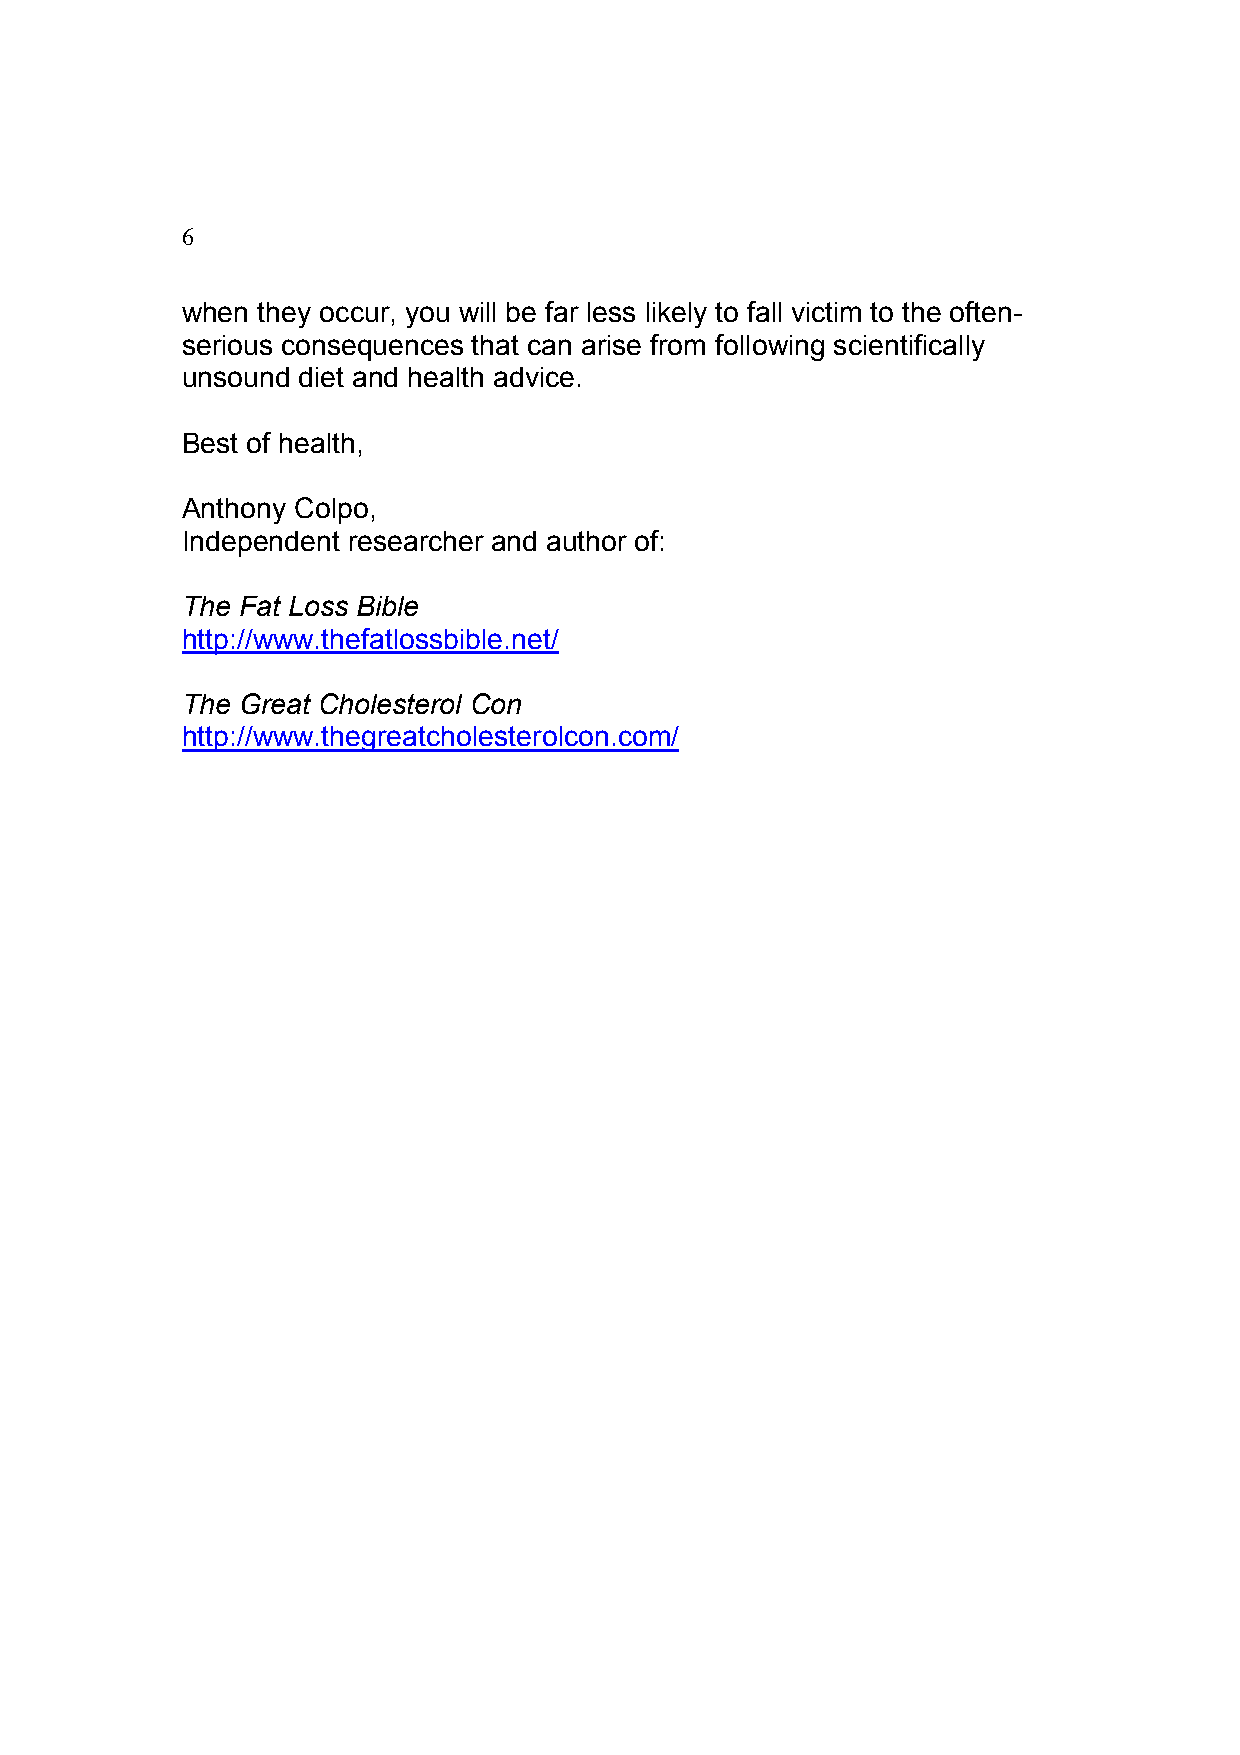
6
 when they occur, you will be far less likely to fall victim to the often-
 serious consequences that can arise from following scientifically
 unsound diet and health advice.
 Best of health,
 Anthony Colpo,
 Independent researcher and author of:
 The Fat Loss Bible
 http://www.thefatlossbible.net/
 The Great Cholesterol Con
 http://www.thegreatcholesterolcon.com/